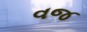
વજ